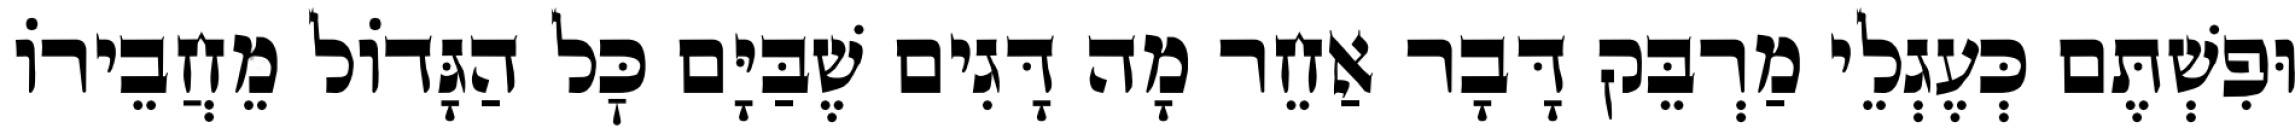
וּפִשְׁתֶּם כְּעֶגְלֵי מַרְבֵּק דָּבָר אַחֵר מָה דָּגִים שֶׁבַּיָּם כׇּל הַגָּדוֹל מֵחֲבֵירוֹ